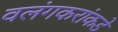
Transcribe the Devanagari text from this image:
वलंगकरांकडे